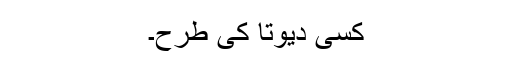
کسی دیوتا کی طرح۔